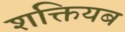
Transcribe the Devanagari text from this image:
शक्तियब